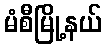
မံစီမြို့နယ်